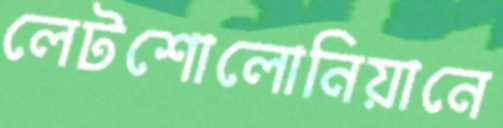
লেটশোলোনিয়ানে